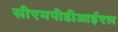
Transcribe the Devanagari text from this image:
सीएमपीडीआईएल